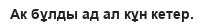
Ак бұлды ад ал кұн кетер.